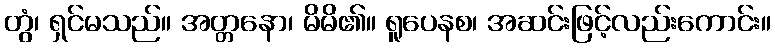
တွံ၊ ရှင်မသည်။ အတ္တနော၊ မိမိ၏။ ရူပေနစ၊ အဆင်းဖြင့်လည်းကောင်း။